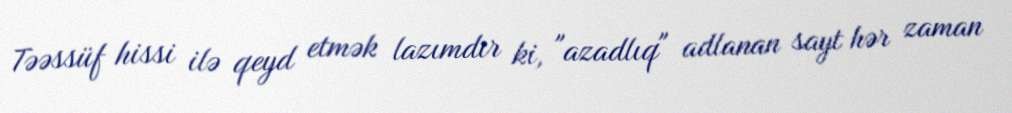
Təəssüf hissi ilə qeyd etmək lazımdır ki, "azadlıq" adlanan sayt hər zaman